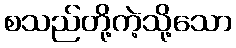
စသည်တို့ကဲ့သို့သော